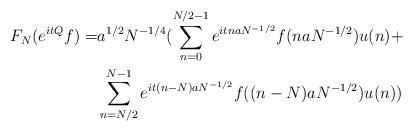
LaTeX: \begin{align*}F_N(e^{itQ}f)= & a^{1/2}N^{-1/4}(\sum_{n=0}^{N/2-1}e^{itnaN^{-1/2}}f(naN^{-1/2})u(n)+\\& \sum_{n=N/2}^{N-1}e^{it(n-N)aN^{-1/2}}f((n-N)aN^{-1/2})u(n))\end{align*}